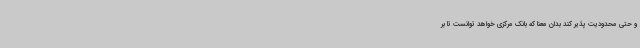
و حتی محدودیت پذیر کند بدان معنا که بانک مرکزی خواهد توانست تا بر